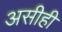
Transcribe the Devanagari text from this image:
असीही